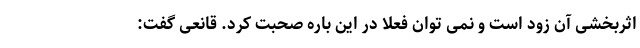
اثربخشی آن زود است و نمی توان فعلا در این باره صحبت کرد. قانعی گفت: